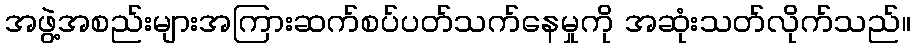
အဖွဲ့အစည်းများအကြားဆက်စပ်ပတ်သက်နေမှုကို အဆုံးသတ်လိုက်သည်။